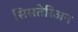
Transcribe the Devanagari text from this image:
सिसतेरिअन